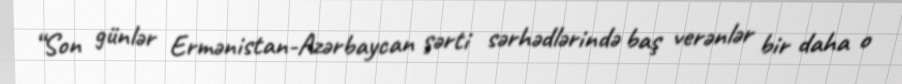
“Son günlər Ermənistan-Azərbaycan şərti sərhədlərində baş verənlər bir daha o